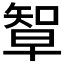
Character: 𥏯